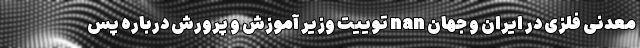
معدنی فلزی در ایران و جهان nan توییت وزیر آموزش و پرورش درباره پس